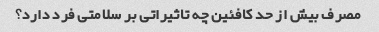
مصرف بیش از حد کافئین چه تاثیراتی بر سلامتی فرد دارد؟